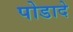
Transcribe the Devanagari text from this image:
पोडादे